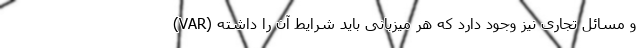
(VAR) و مسائل تجاری نیز وجود دارد که هر میزبانی باید شرایط آن را داشته